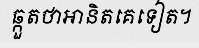
ឆ្កួតថាអានិតគេទៀត។